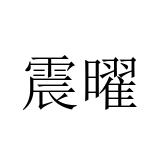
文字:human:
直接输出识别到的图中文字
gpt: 震曜